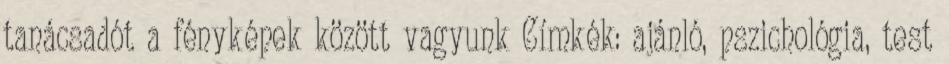
tanácsadót a fényképek között vagyunk Címkék: ajánló, pszichológia, test